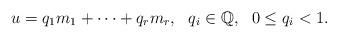
LaTeX: \begin{align*} u = q_1 m_1 + \cdots + q_r m_r , \ \ q_i \in \mathbb{Q}, \ \ 0 \leq q_i < 1 . \end{align*}